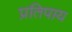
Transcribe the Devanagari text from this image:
प्रतिपाय